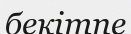
бекітпе